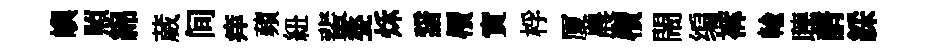
嶼照綿葳间痒蘋紐輩甃秌諳檟實桴厦農檟閙编裤輸𦗟諝綵